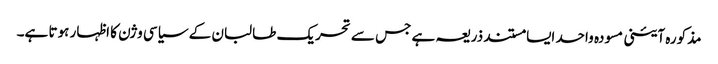
مذکورہ آئینی مسودہ واحد ایسا مستند ذریعہ ہے جس سے تحریک طالبان کے سیاسی وژن کا اظہار ہوتا ہے۔